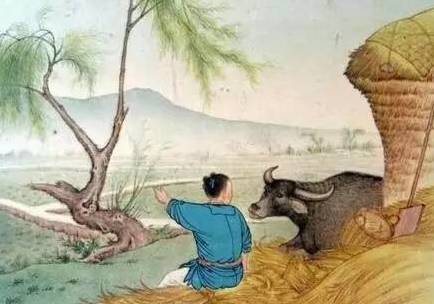
他乡逢七夕，旅馆益羁愁。